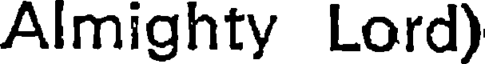
Almighty Lord)